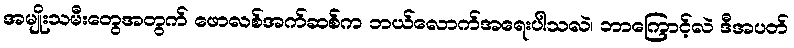
အမျိုးသမီးတွေအတွက် ဖောလစ်အက်ဆစ်က ဘယ်လောက်အရေးပါသလဲ၊ ဘာကြောင့်လဲ ဒီအပတ်